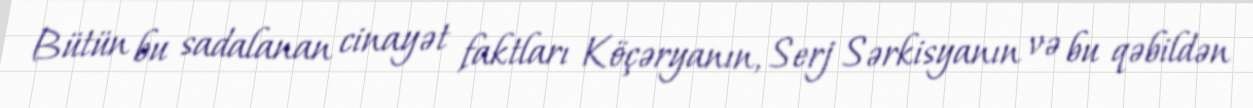
Bütün bu sadalanan cinayət faktları Köçəryanın, Serj Sərkisyanın və bu qəbildən